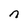
Character: n